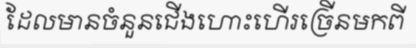
ដែលមានចំនួនជើងហោះហើរច្រើនមកពី